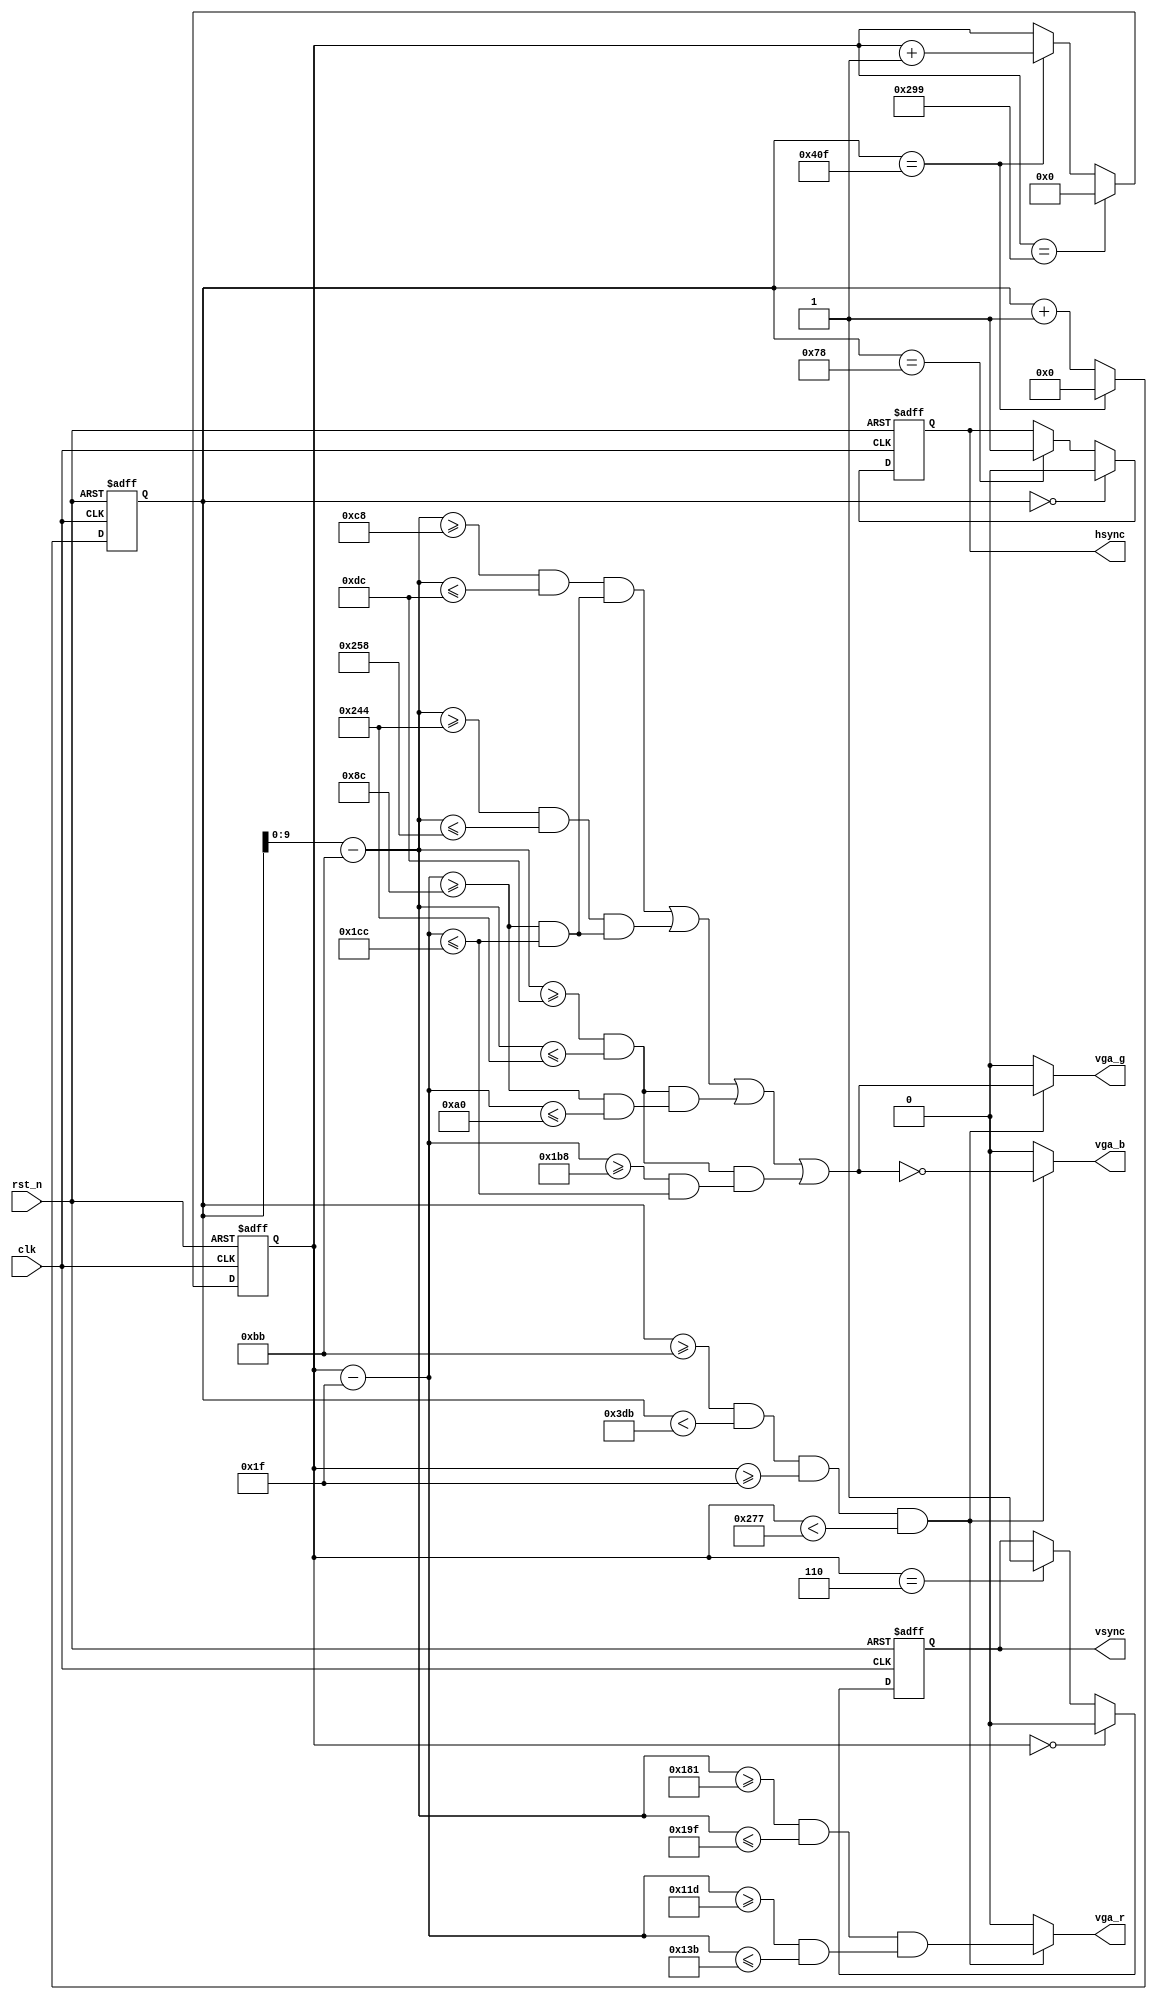
/*--------------------------------------------------------------------
VGA display:

VGA 

				
  120		 67		   800		 52		1039
   6	  	 25		   600		 56		 665
   

//60Hz, 800*600 , 50MHz
,

---------------------------------------------------------------------*/

module vga_dis(
	clk, rst_n,
	hsync,vsync,vga_r,vga_g,vga_b
);

input clk;	//50MHz
input rst_n;	//reset signal , active low
output hsync;	//
output vsync;	//
output vga_r;	
output vga_g;
output vga_b;

//---------------------------------------------------------------------
reg [10:0]	x_cnt;	//
reg [9:0]	y_cnt;	//

always@(posedge clk or negedge rst_n)
begin
	if(!rst_n) x_cnt <= 11'd0;
	else if (x_cnt == 11'd1039) x_cnt <= 11'd0;
	else x_cnt <= x_cnt + 1'b1;
end

always@(posedge clk or negedge rst_n)
begin
	if(!rst_n) y_cnt <= 10'd0;
	else if (y_cnt == 10'd665) y_cnt <= 10'd0;
	else if (x_cnt == 11'd1039) y_cnt <= y_cnt + 1'b1;	
end

//---------------------------------------------------------------------
wire valid;		//

assign valid = (x_cnt >= 11'd187) && (x_cnt < 11'd987) 		//  : 987 - 187(120 + 67) = 800
				&& (y_cnt >= 10'd31) && (y_cnt < 10'd631);	//  : 631 - 31(6 + 25) = 600

wire [9:0] xpos,ypos;	//

assign xpos = x_cnt - 11'd187; 		//x0, 187
assign ypos = y_cnt - 10'd31;		//y0, 31

//---------------------------------------------------------------------
reg hsync_r, vsync_r;	//

always@(posedge clk or negedge rst_n)
begin
	if(!rst_n) hsync_r <= 1'b1;
	else if (x_cnt == 11'd0) hsync_r <= 1'b0;	//hsync
	else if (x_cnt == 11'd120) hsync_r <= 1'b1;
end

always@(posedge clk or negedge rst_n)
begin
	if(!rst_n) vsync_r <= 1'b1;
	else if(y_cnt == 10'd0) vsync_r <= 1'b0;	//vsync
	else if(y_cnt == 10'd6) vsync_r <= 1'b1;
end

assign hsync = hsync_r;
assign vsync = vsync_r;

//---------------------------------------------------------------------
//

wire a_dis, b_dis, c_dis, d_dis;	//

assign a_dis = ( (xpos>=200) && (xpos<=220) )
				&&( (ypos>=140) && (ypos<=460) );

assign b_dis = ( (xpos>=580) && (xpos<=600) )
				&&( (ypos>=140) && (ypos<=460) );

assign c_dis = ( (xpos>=220) && (xpos<=580) )
				&&( (ypos>=140) && (ypos<=160) );
				
assign d_dis = ( (xpos>=220) && (xpos<=580) )
				&&( (ypos>=440) && (ypos<=460) );
//---------------------------------------------------------------------
//

wire e_rdy;		//

assign e_rdy = ( (xpos>=385) && (xpos<=415) )
				&& ( (ypos>=285) && (ypos<=315) );

//---------------------------------------------------------------------
//r, g, b

assign vga_r = valid ? e_rdy : 1'b0;
assign vga_g = valid ?  (a_dis | b_dis | c_dis | d_dis) : 1'b0;
assign vga_b = valid ? ~(a_dis | b_dis | c_dis | d_dis) : 1'b0;

endmodule